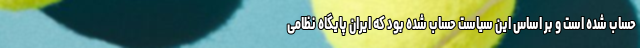
حساب شده است و بر اساس این سیاست حساب شده بود که ایران پایگاه نظامی